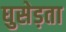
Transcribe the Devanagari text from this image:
घुसेड़ता